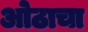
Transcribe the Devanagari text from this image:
ओठाचा